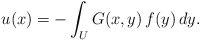
\begin{align*} u(x)=-\int_U G(x,y)\,f(y)\,dy. \end{align*}